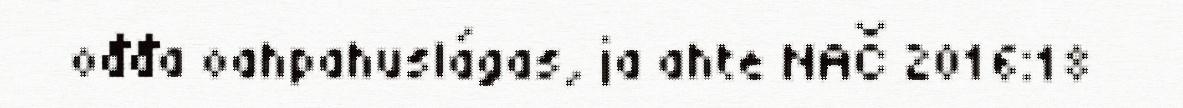
ođđa oahpahuslágas, ja ahte NAČ 2016:18